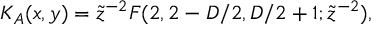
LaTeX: K _ { A } ( x , y ) = \tilde { z } ^ { - 2 } F ( 2 , 2 - D / 2 , D / 2 + 1 ; \tilde { z } ^ { - 2 } ) , \,